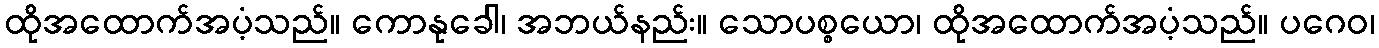
ထိုအထောက်အပံ့သည်။ ကောနုခေါ၊ အဘယ်နည်း။ သောပစ္စယော၊ ထိုအထောက်အပံ့သည်။ ပဂေဝ၊